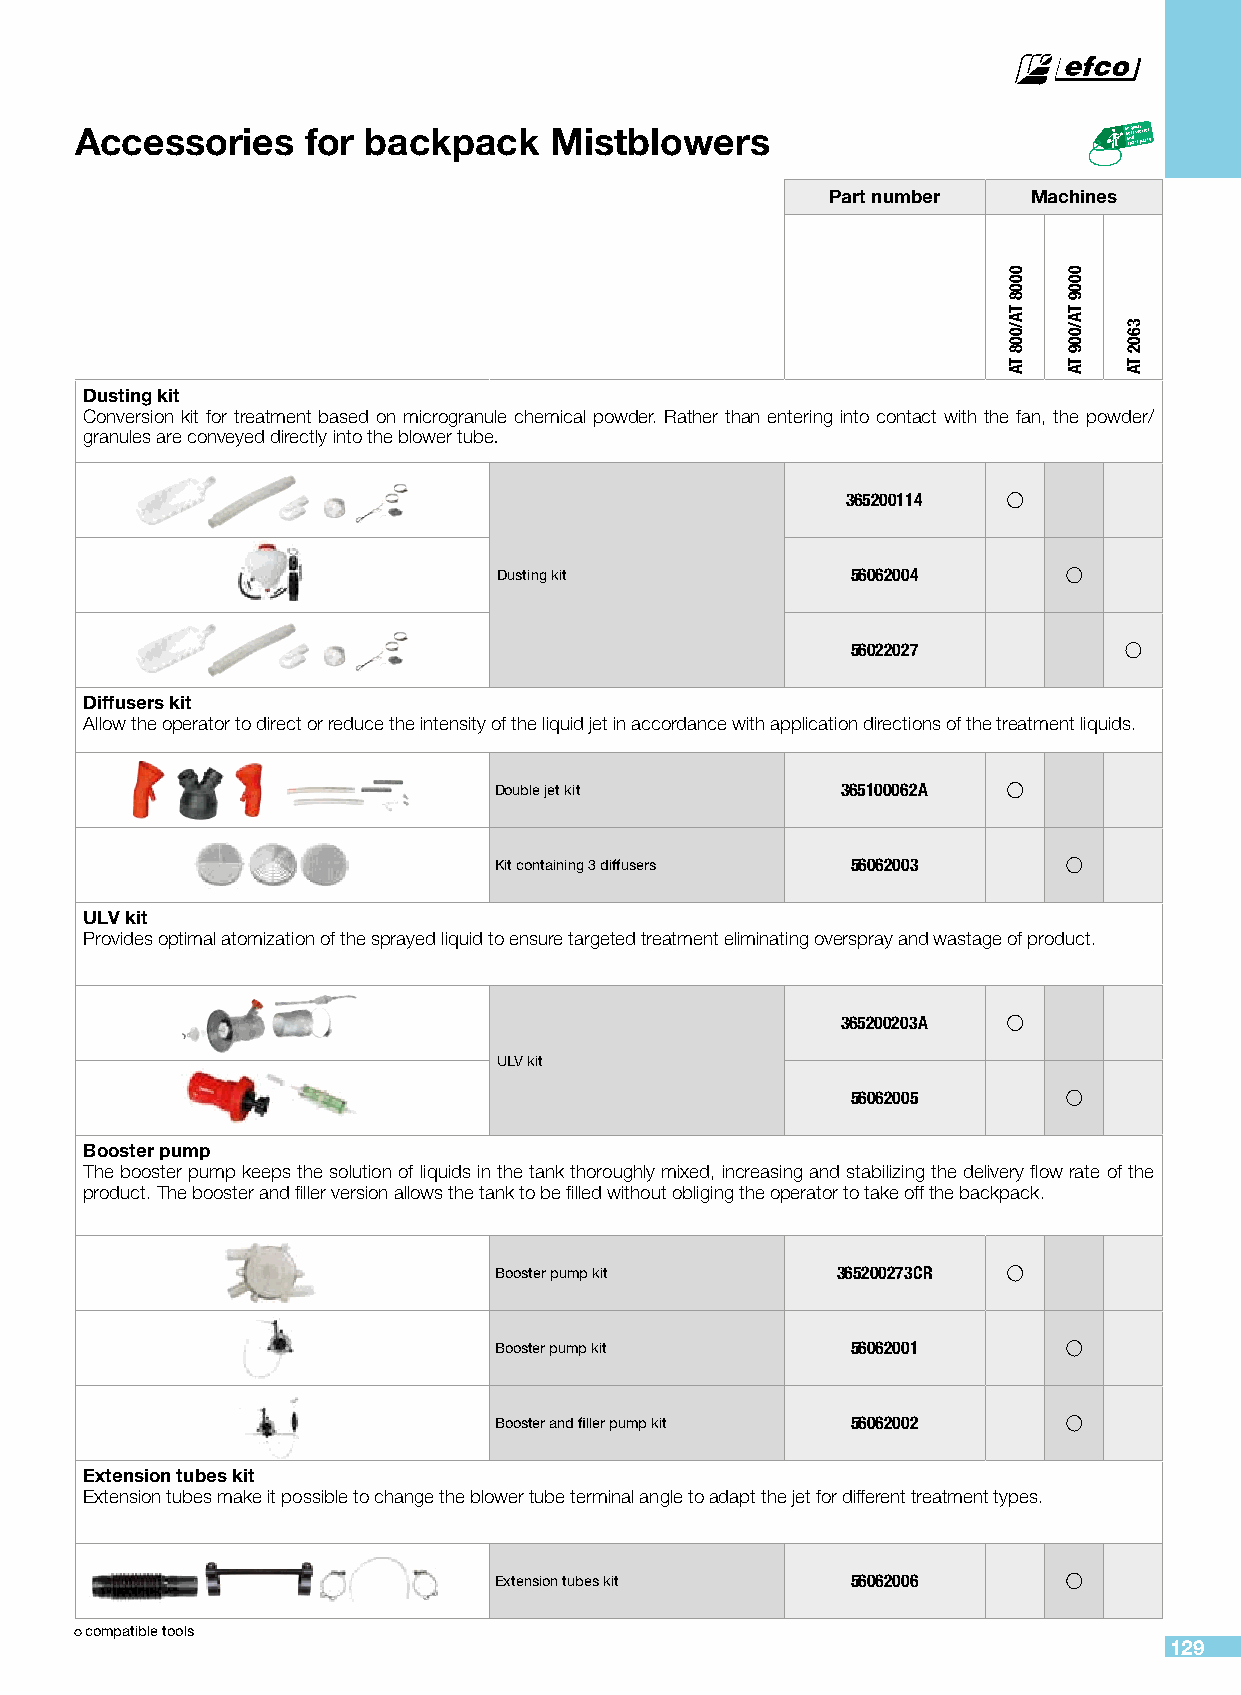
Accessories    for backpack    Mistblowers
 Part number  Machines
 Dusting kit
 Conversion kit for treatment based on microgranule chemical powder. Rather than entering into contact with the fan, the powder/
 granules are conveyed directly into the blower tube.
 365200114
 Dusting kit            56062004
 56022027
 Diffusers kit
 Allow the operator to direct or reduce the intensity of the liquid jet in accordance with application directions of the treatment liquids.
 Double jet kit         365100062A
 Kit containing 3 diffusers 56062003
 ULV kit
 Provides optimal atomization of the sprayed liquid to ensure targeted treatment eliminating overspray and wastage of product.
 365200203A
 ULV kit
 56062005
 Booster pump
 The booster pump keeps the solution of liquids in the tank thoroughly mixed, increasing and stabilizing the delivery flow rate of the
 product. The booster and filler version allows the tank to be filled without obliging the operator to take off the backpack.
 Booster pump kit      365200273CR
 Booster pump kit       56062001
 Booster and filler pump kit 56062002
 Extension tubes kit
 Extension tubes make it possible to change the blower tube terminal angle to adapt the jet for different treatment types.
 Extension tubes kit    56062006
 compatible tools
 129
 0008
 TA/008
 TA
 0009
 TA/009
 TA
 3602
 TA